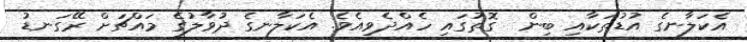
އެކަލާނގެ އުޑުތަކާއި ބިން  ގޮތުގައި ހެއްދެވިއެވެ. އެކަލާނގެ ދުވާލުގެ މައްޗަށް ރޭގަނޑު